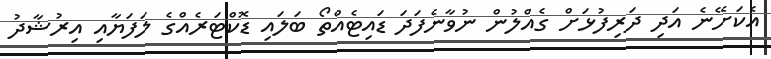
އެކަށޭނެ އަދި ދަރިފުޅަށް ގެއްލުން ނުވާނެފަދަ ޑައިޓެއްތޯ ބަލައި ޑޮކްޓަރެއްގެ ލަފަޔާއި އިރުޝާދު